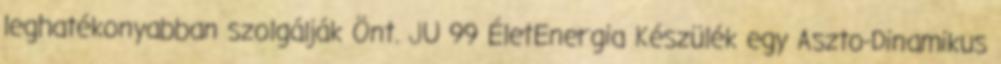
leghatékonyabban szolgálják Önt. JU 99 ÉletEnergia Készülék egy Aszto-Dinamikus